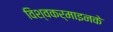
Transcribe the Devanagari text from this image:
विश्वकर्माइनके